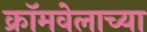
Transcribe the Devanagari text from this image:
क्रॉमवेलाच्या